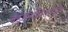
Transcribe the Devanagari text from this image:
बहुजन्मर्जितान्यपि